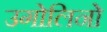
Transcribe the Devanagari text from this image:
उगोलिनो